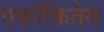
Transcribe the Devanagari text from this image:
एकांकितेत